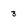
Character: 3